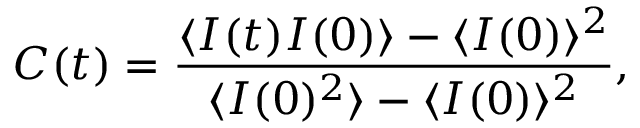
C ( t ) = \frac { \langle I ( t ) I ( 0 ) \rangle - \langle I ( 0 ) \rangle ^ { 2 } } { \langle I ( 0 ) ^ { 2 } \rangle - \langle I ( 0 ) \rangle ^ { 2 } } ,